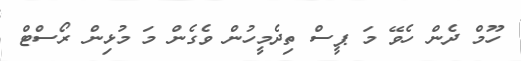
ހޫމް ދެން ހެވޭ މަ ޕީސް ތިދެމީހުން ވެގެން މަ މުޅިން ރޯސްޓް